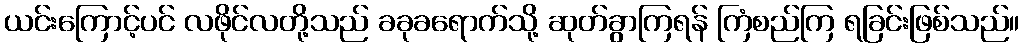
ယင်းကြောင့်ပင် လဖိုင်လတို့သည် ခခုခရောက်သို့ ဆုတ်ခွာကြရန် ကြံစည်ကြ ရခြင်းဖြစ်သည်။